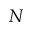
N